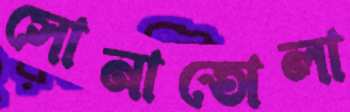
সোনাতোলা